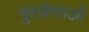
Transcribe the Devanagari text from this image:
पुरावेत्ताओं